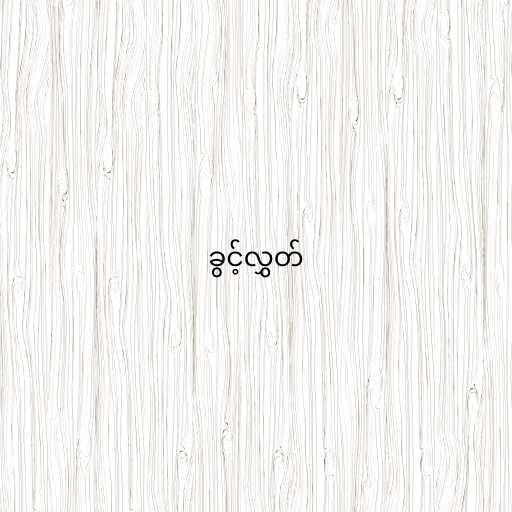
ခွင့်လွှတ်